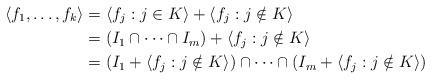
LaTeX: \begin{align*}\langle f_1,\dots,f_k \rangle &= \langle f_j : j \in K \rangle + \langle f_j : j \notin K \rangle \\ &= (I_1 \cap \cdots \cap I_m) + \langle f_j : j \notin K \rangle \\ &= (I_1 + \langle f_j : j \notin K\rangle) \cap \cdots \cap (I_m + \langle f_j : j \notin K\rangle)\end{align*}